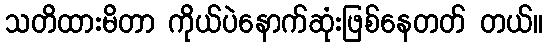
သတိထားမိတာ ကိုယ်ပဲနောက်ဆုံးဖြစ်နေတတ် တယ်။